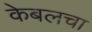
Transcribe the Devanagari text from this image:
केबलचा